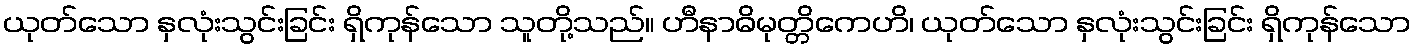
ယုတ်သော နှလုံးသွင်းခြင်း ရှိကုန်သော သူတို့သည်။ ဟီနာဓိမုတ္တိကေဟိ၊ ယုတ်သော နှလုံးသွင်းခြင်း ရှိကုန်သော